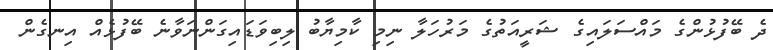
ދެ ބޭފުޅުންގެ މައްސަލައިގެ ޝަރީއަތުގެ މަރުހަލާ ނިމި ކާމިޔާބު ލިބިވަޑައިގަންނަވާނެ ބޭފުޅެއް އިނގެން